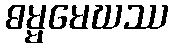
ဓမ္မမေဃဿ